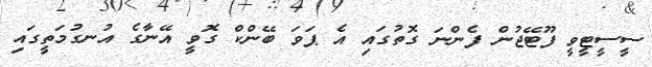
ސީސީޓީވީ ފޫޓޭޖުން ފެންނަ ގޮތުގައި އެ ޕަވަ ބޭންކް ގޮވީ އޭނާގެ އުނގުމަތީގައި